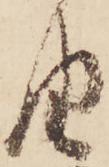
由